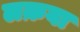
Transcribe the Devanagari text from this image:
लक़वा